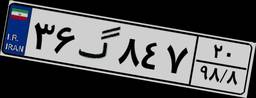
۳۶گ۸۴۷۲۰